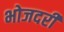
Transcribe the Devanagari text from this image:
भोजदरी